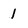
Character: 1